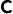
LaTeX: \mathsf{c}